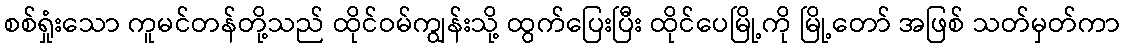
စစ်ရှုံးသော ကူမင်တန်တို့သည် ထိုင်ဝမ်ကျွန်းသို့ ထွက်ပြေးပြီး ထိုင်ပေမြို့ကို မြို့တော် အဖြစ် သတ်မှတ်ကာ